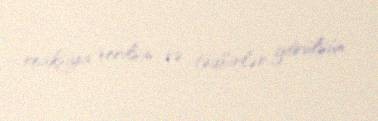
reaksiya verilsin və tədbirlər görülsün.